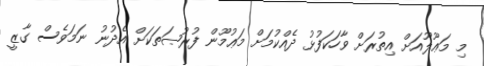
މި މަޢޫލޫއަށް އިތުރަށް ވާހަކަފުޅު ދެއްކުމަށް މަޢުމޫން ފުރުޞަތަކަށް އެދުނު ނަމަވެސް ގާޒީ